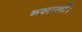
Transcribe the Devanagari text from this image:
मसालों।